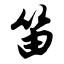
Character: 笛